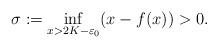
LaTeX: \begin{align*}\sigma:=\inf_{x>2K-\varepsilon_0} (x-f(x))>0. \end{align*}